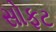
સોફટ